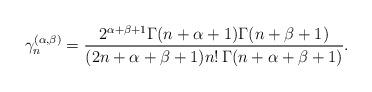
LaTeX: \begin{align*}\gamma _n^{(\alpha,\beta)} =\frac{2^{\alpha+\beta+1}\Gamma(n+\alpha+1)\Gamma(n+\beta+1)}{(2n+\alpha+\beta+1) n!\,\Gamma(n+\alpha+\beta+1)}.\end{align*}